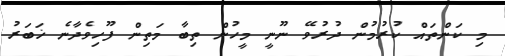
މި ކަންތައް ކުރުމުން ދުރުވޭ ނޫނީ މީހުން ތިބާ މަތިން ފޫހިވެދާނެ ޚަބަރު